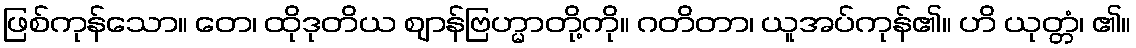
ဖြစ်ကုန်သော။ တေ၊ ထိုဒုတိယ ဈာန်ဗြဟ္မာတို့ကို။ ဂတိတာ၊ ယူအပ်ကုန်၏။ ဟိ ယုတ္တံ၊ ၏။